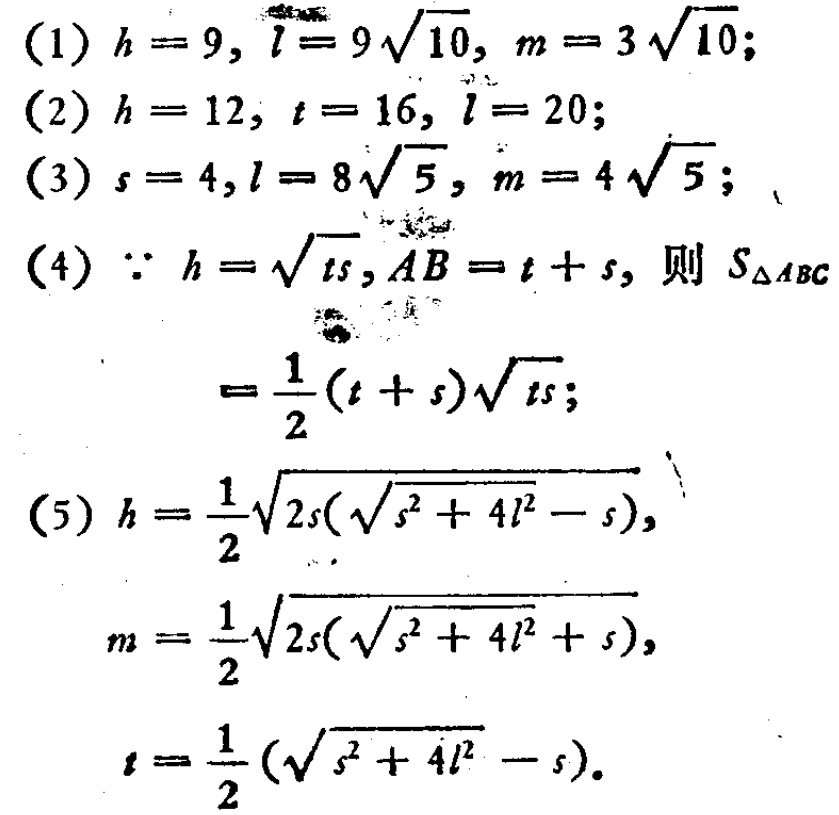
(1) \(h = 9,\ l=9\sqrt{10},\ m = 3\sqrt{10}\);

(2) \(h = 12,\ t = 16,\ l = 20\);

(3) \(s = 4,l = 8\sqrt{5},\ m = 4\sqrt{5}\);

(4) \(\because h=\sqrt{ts},AB=t + s\), 则 \(S_{\triangle ABC}=\frac{1}{2}(t + s)\sqrt{ts}\);

(5) \(h=\frac{1}{2}\sqrt{2s(\sqrt{s^{2}+4l^{2}}-s)}\),

\(m=\frac{1}{2}\sqrt{2s(\sqrt{s^{2}+4l^{2}}+s)}\),

\(t=\frac{1}{2}(\sqrt{s^{2}+4l^{2}}-s)\).